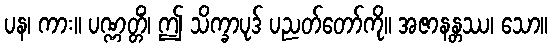
ပန၊ ကား။ ပဏ္ဏတ္တိံ၊ ဤ သိက္ခာပုဒ် ပညတ်တော်ကို။ အဇာနန္တဿ၊ သော။